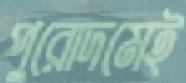
পুরোদমেই